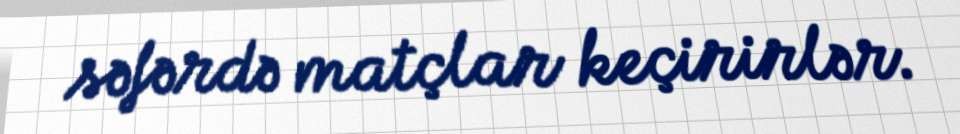
səfərdə matçlar keçirirlər.